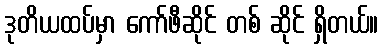
ဒုတိယထပ်မှာ ကော်ဖီဆိုင် တစ် ဆိုင် ရှိတယ်။